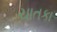
ચાતકા